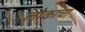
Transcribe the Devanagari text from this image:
लोकाचा